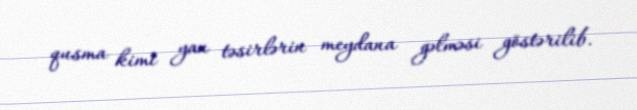
qusma kimi yan təsirlərin meydana gəlməsi göstərilib.